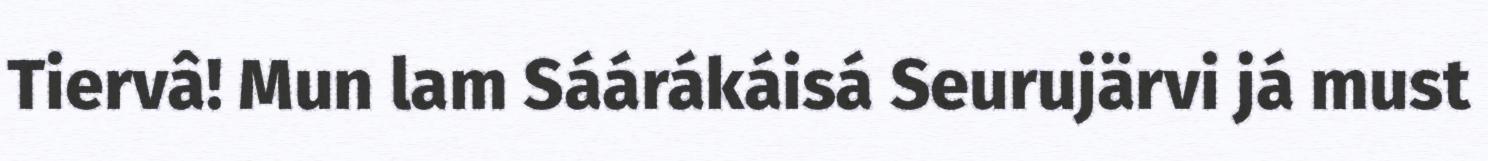
Tiervâ! Mun lam Sáárákáisá Seurujärvi já must